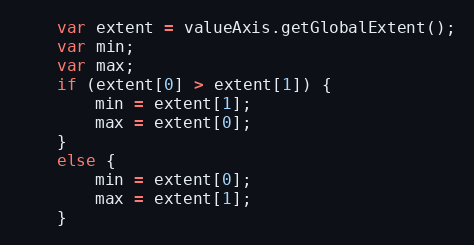
Language: JavaScript
    var extent = valueAxis.getGlobalExtent();
    var min;
    var max;
    if (extent[0] > extent[1]) {
        min = extent[1];
        max = extent[0];
    }
    else {
        min = extent[0];
        max = extent[1];
    }